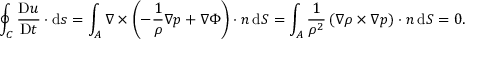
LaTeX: \oint _ { C } { \frac { \mathrm { D } { \boldsymbol { u } } } { \mathrm { D } t } } \cdot \mathrm { d } { \boldsymbol { s } } = \int _ { A } { \boldsymbol { \nabla } } \times \left( - { \frac { 1 } { \rho } } { \boldsymbol { \nabla } } p + { \boldsymbol { \nabla } } \Phi \right) \cdot { \boldsymbol { n } } \, \mathrm { d } S = \int _ { A } { \frac { 1 } { \rho ^ { 2 } } } \left( { \boldsymbol { \nabla } } \rho \times { \boldsymbol { \nabla } } p \right) \cdot { \boldsymbol { n } } \, \mathrm { d } S = 0 .